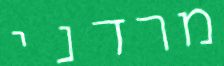
מרדני